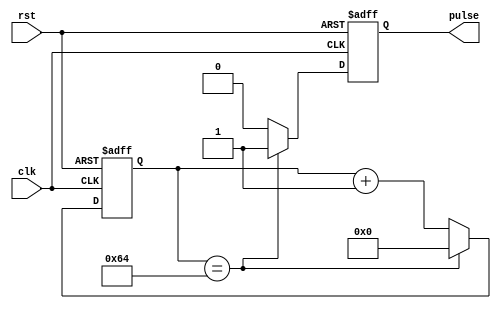
module Rising_Edge_Pulse_Generator (
    input wire clk,
    input wire rst,
    output reg pulse
);

parameter THRESHOLD = 100; // Define the threshold value for generating pulse
reg [7:0] counter; // Counter to keep track of time intervals

always @(posedge clk or posedge rst) begin
    if (rst) begin
        counter <= 0;
        pulse <= 0;
    end else begin
        if (counter == THRESHOLD) begin
            pulse <= 1;
            counter <= 0;
        end else begin
            counter <= counter + 1;
            pulse <= 0;
        end
    end
end

endmodule